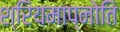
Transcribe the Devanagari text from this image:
श्रियमाप्नोति